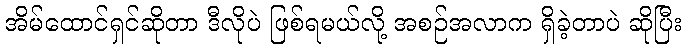
အိမ်ထောင်ရှင်ဆိုတာ ဒီလိုပဲ ဖြစ်ရမယ်လို့ အစဉ်အလာက ရှိခဲ့တာပဲ ဆိုပြီး